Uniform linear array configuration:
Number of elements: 16
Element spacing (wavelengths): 0.75
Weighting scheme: blackman
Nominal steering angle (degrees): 30
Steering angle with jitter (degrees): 28.756
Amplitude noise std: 0.05
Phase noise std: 0.05

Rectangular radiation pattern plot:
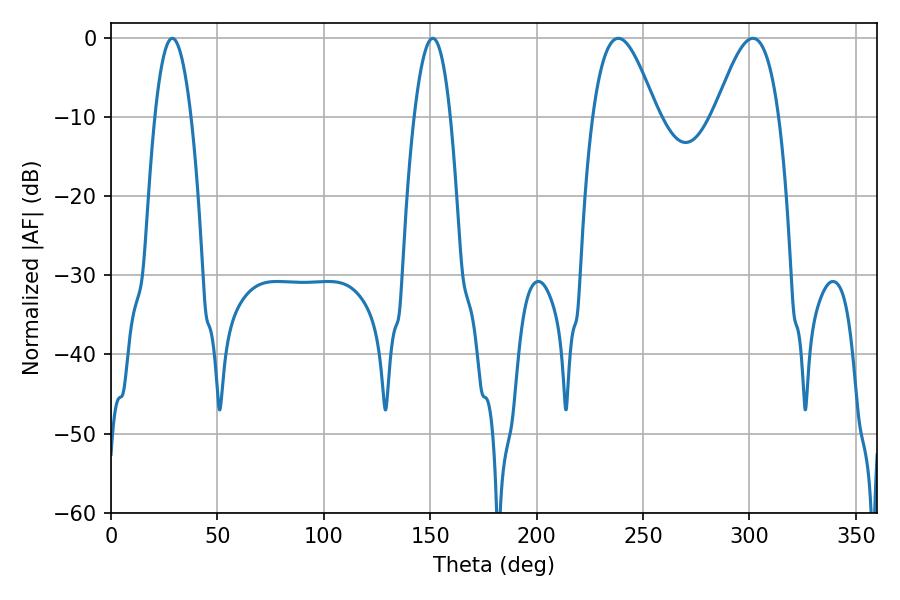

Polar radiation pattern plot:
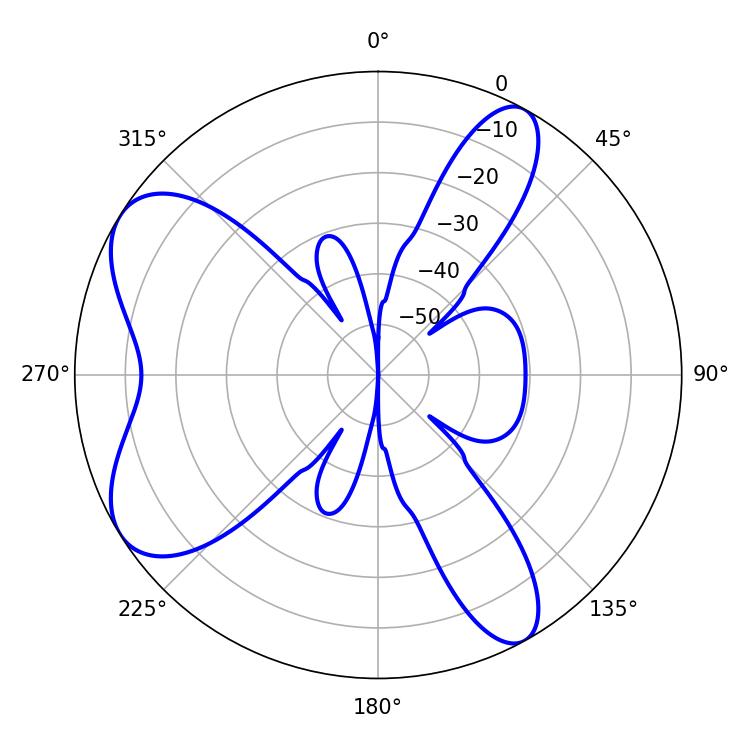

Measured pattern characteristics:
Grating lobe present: TRUE
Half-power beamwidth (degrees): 9.36
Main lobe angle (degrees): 28.8